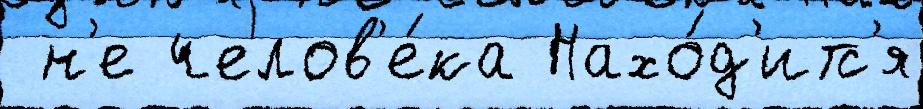
 н'е челов'е́ка Нахо́д'итс'я